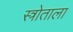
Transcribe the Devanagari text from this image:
स्त्रोताला